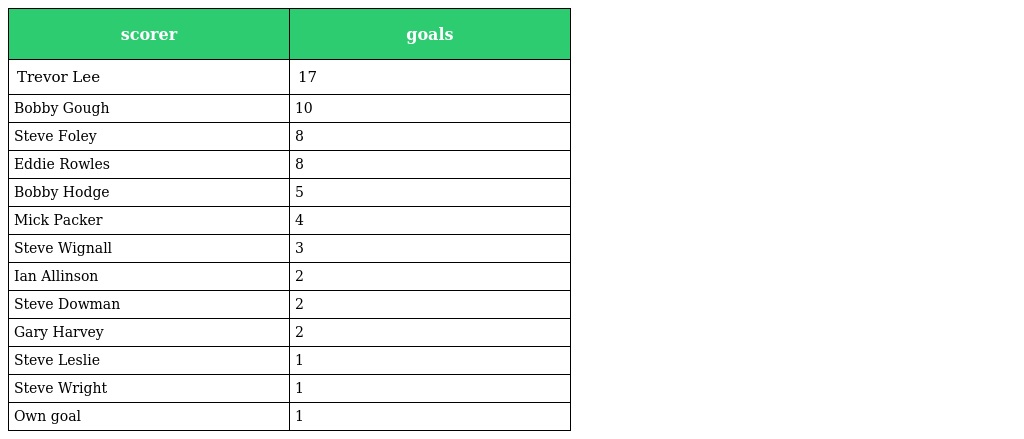
| scorer | goals |
 | --- | --- |
 | Trevor Lee | 17 |
 | Bobby Gough | 10 |
 | Steve Foley | 8 |
 | Eddie Rowles | 8 |
 | Bobby Hodge | 5 |
 | Mick Packer | 4 |
 | Steve Wignall | 3 |
 | Ian Allinson | 2 |
 | Steve Dowman | 2 |
 | Gary Harvey | 2 |
 | Steve Leslie | 1 |
 | Steve Wright | 1 |
 | Own goal | 1 |